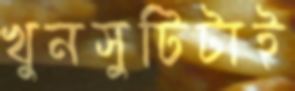
খুনসুটিটাই